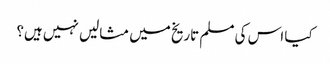
کیا اس کی مسلم تاریخ میں مثالیں نہیں ہیں؟